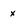
Character: x